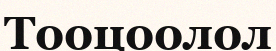
Тооцоолол